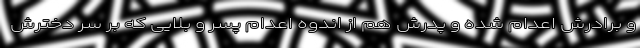
و برادرش اعدام شده و پدرش هم از اندوه اعدام پسر و بلايی كه بر سر دخترش